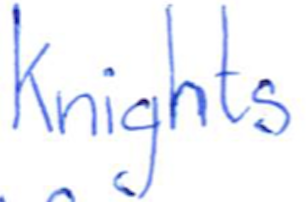
Text: Knights
Cross-out: clean
Writing tool: ballpoint